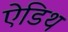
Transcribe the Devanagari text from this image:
ऐडिथ